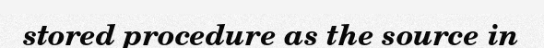
stored procedure as the source in